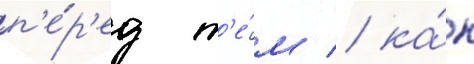
п'е́р'ед т'е́м / ка́к